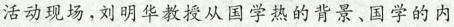
活动现场,刘明华教投从国学热的背景、国学的内